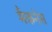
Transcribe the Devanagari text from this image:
मैकनेस